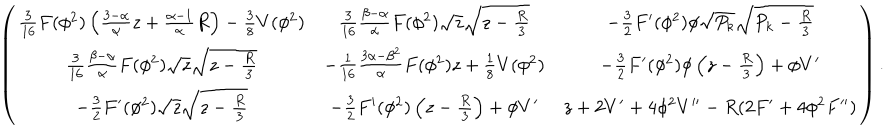
\left( \begin{array} { c c c } { { { \frac { 3 } { 1 6 } } F ( \phi ^ { 2 } ) \left( { \frac { 3 - \alpha } { \alpha } } z + { \frac { \alpha - 1 } { \alpha } } R \right) - { \frac { 3 } { 8 } } V ( \phi ^ { 2 } ) } } & { { { \frac { 3 } { 1 6 } } { \frac { \beta - \alpha } { \alpha } } F ( \phi ^ { 2 } ) \sqrt { z } \sqrt { z - { \frac { R } { 3 } } } } } & { { - { \frac { 3 } { 2 } } F ^ { \prime } ( \phi ^ { 2 } ) \phi \sqrt { P _ { k } } \sqrt { P _ { k } - { \frac { R } { 3 } } } } } \\ { { { \frac { 3 } { 1 6 } } { \frac { \beta - \alpha } { \alpha } } F ( \phi ^ { 2 } ) \sqrt { z } \sqrt { z - { \frac { R } { 3 } } } } } & { { - { \frac { 1 } { 1 6 } } { \frac { 3 \alpha - \beta ^ { 2 } } { \alpha } } F ( \phi ^ { 2 } ) z + { \frac { 1 } { 8 } } V ( \phi ^ { 2 } ) } } & { { - { \frac { 3 } { 2 } } F ^ { \prime } ( \phi ^ { 2 } ) \phi \left( z - { \frac { R } { 3 } } \right) + \phi V ^ { \prime } } } \\ { { - { \frac { 3 } { 2 } } F ^ { \prime } ( \phi ^ { 2 } ) \sqrt { z } \sqrt { z - { \frac { R } { 3 } } } } } & { { - { \frac { 3 } { 2 } } F ^ { \prime } ( \phi ^ { 2 } ) \left( z - { \frac { R } { 3 } } \right) + \phi V ^ { \prime } } } & { { z + 2 V ^ { \prime } + 4 \phi ^ { 2 } V ^ { \prime \prime } - R ( 2 F ^ { \prime } + 4 \phi ^ { 2 } F ^ { \prime \prime } ) } } \\ \end{array} \right) .